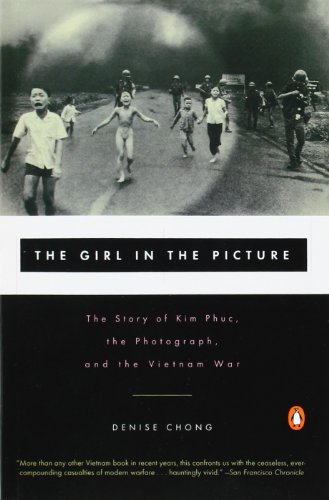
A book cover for The Girl in the Picture: The Story of Kim Phuc, the Photograph, and the Vietnam War; Denise Chong; Arts & Photography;